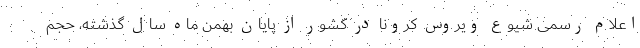
اعلام رسمی شیوع ویروس کرونا در کشور از پایان بهمن ماه سال گذشته، حجم